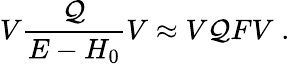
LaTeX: V{\frac{\cal Q}{E-H_{0}}}V\approx V{\cal Q}FV\; .